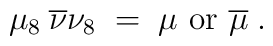
\mu_8\: \overline{\nu} \nu_8 \;=\; \mu {\mbox{ or }} \overline{\mu}\;.